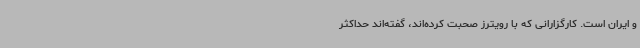
و ایران است. کارگزارانی که با رویترز صحبت کرده‌اند، گفته‌اند حداکثر